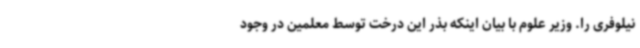
نیلوفری را. وزیر علوم با بیان اینکه بذر این درخت توسط معلمین در وجود